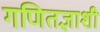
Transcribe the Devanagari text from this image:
गणितज्ञाशी